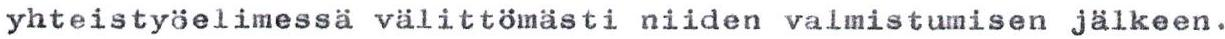
yhteistyöelimessä välittömästi niiden valmistumisen jälkeen.